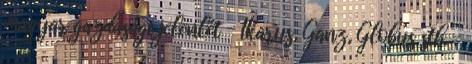
magyar gazdasági jelenlét – Ikarus, Ganz, Globus stb. –